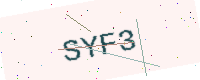
Text: SYF3